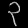
Digit: ၃